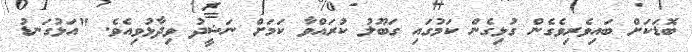
ބޮޑަކަށް ބައިވެރިވެގެން ގުޅިގެން ކަމުގައި ގަބޫލު ކުރައްވާ ކަމަށް ނަޝީދު ވިދާޅުވިއެވެ. "އަޅުގަނޑު